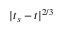
| t _ { s } - t | ^ { 2 / 3 }